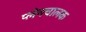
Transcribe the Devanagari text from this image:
प्लेनचालक